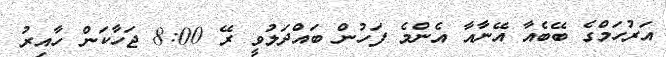
އަރުހަމްގެ ބޭބެއާ އޭނާއާ އެންމެ ފަހުން ބައްދަލުވީ ރޭ 8:00 ޖަހާކަން ހާއިރު